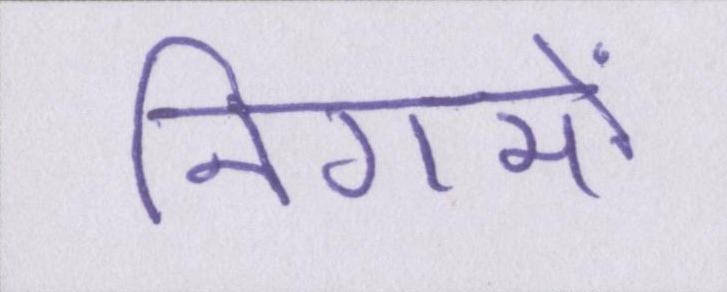
निगमों